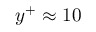
y ^ { + } \approx 1 0